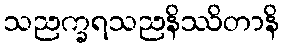
သညက္ခရသညနိဿိတာနိ